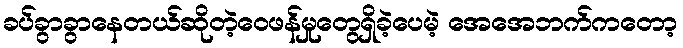
ခပ်ခွာခွာနေတယ်ဆိုတဲ့ဝေဖန်မှုတွေရှိခဲ့ပေမဲ့ အေအေဘက်ကတော့